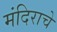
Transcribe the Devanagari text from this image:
मंदिराचे